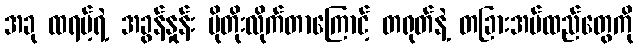
အခု ထရမ့်ရဲ့ အခွန်နှုန်း ပိုတိုးလိုက်တာကြောင့် တရုတ်နဲ့ တခြားအပ်ထည်တွေကို